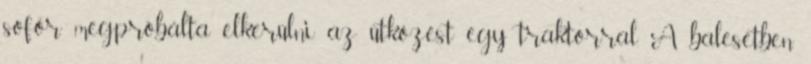
sofőr megpróbálta elkerülni az ütközést egy traktorral. A balesetben